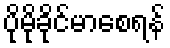
ပိုမိုခိုင်မာစေရန်